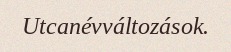
Utcanévváltozások.